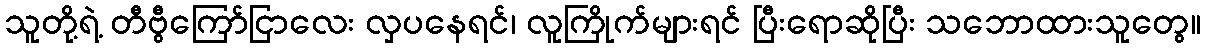
သူတို့ရဲ့ တီဗွီကြော်ငြာလေး လှပနေရင်၊ လူကြိုက်များရင် ပြီးရောဆိုပြီး သဘောထားသူတွေ။